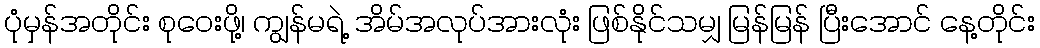
ပုံမှန်အတိုင်း စုဝေးဖို့၊ ကျွန်မရဲ့ အိမ်အလုပ်အားလုံး ဖြစ်နိုင်သမျှ မြန်မြန် ပြီးအောင် နေ့တိုင်း